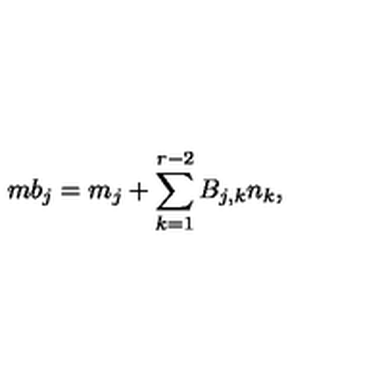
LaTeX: m b _ { j } = m _ { j } + \sum _ { k = 1 } ^ { r - 2 } B _ { j , k } n _ { k } ,